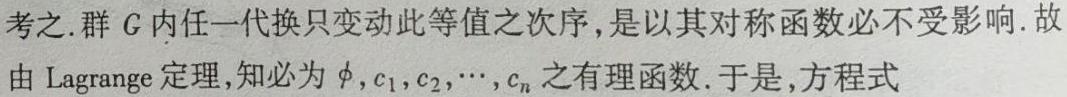
考之.群 \(G\) 内任一代换只变动此等值之次序, 是以其对称函数必不受影响. 故由 Lagrange 定理,知必为 \(\phi,c_{1},c_{2},\cdots,c_{n}\) 之有理函数. 于是,方程式